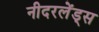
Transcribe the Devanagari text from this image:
नीदरलेंड्स